Lunatic asylums in Bengal annual reports 1888-1898 - 1888-1898
Year: 1888
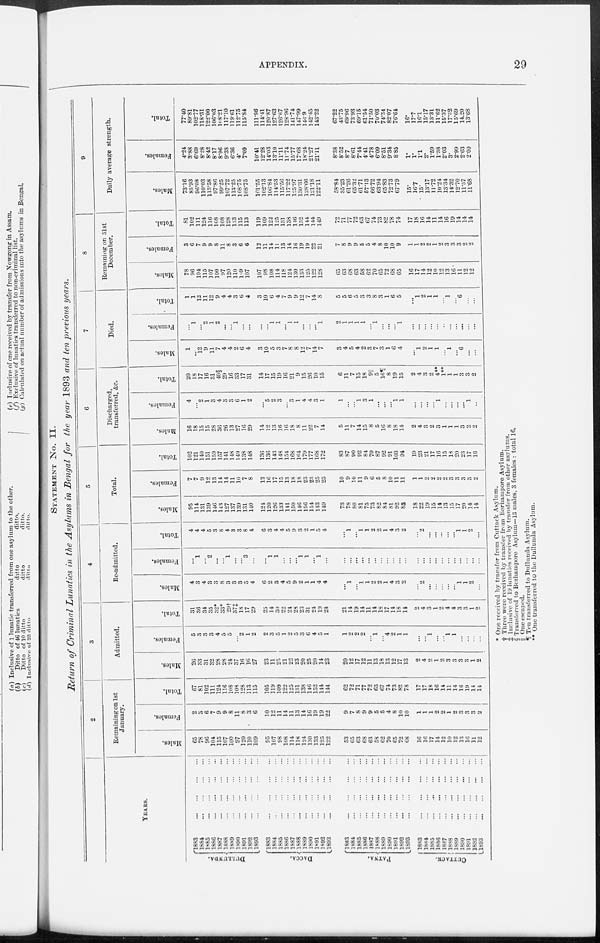
APPENDIX.
29
STATEMENT No. II.
Return of Criminal Lunatics in the Asylums in Bengal for the year 1893 and ten previous years.
YEARS.
DULLUNDA.
DACCA.
PATNA.
CUTTACK.
1883
...
...
...
...
1884
...
...
...
...
1885 ... ... ... ...
1886 ... ... ... ...
1887
...
...
...
...
1888
...
...
...
...
1889
...
...
...
...
1890 ... ... ... ...
1891 ... ... ... ...
1892
...
...
...
...
1893
...
...
...
...
1883
...
...
...
...
1884
...
...
...
...
1885
...
...
...
...
1886 ... ... ... ...
1887
...
...
...
...
1888 ... ... ... ...
1889
...
...
...
...
1890 ... ... ... ...
1891 ... ... ... ...
1892
...
...
...
...
1893
...
...
...
...
1883
...
...
...
...
1884
...
...
...
...
1885
...
...
...
...
1886
...
...
...
...
1887
...
...
...
...
1888
...
...
...
...
1889
...
...
...
...
1890
...
...
...
...
1891
...
...
...
...
1892
...
...
...
...
1893
...
...
...
...
1883
...
...
...
...
1884
...
...
...
...
1885
...
...
...
...
1886
...
...
...
...
1887
...
...
...
...
1888
...
...
...
...
1889
...
...
...
...
1890 ... ... ... ...
1891 ... ... ... ...
1892 ... ... ... ...
l893
...
...
...
...
2
Remaining on 1st
January.
Males.
65
78
96
104
115
107
100
97
120
110
109
95
107
98
108
114
118
124
130
133
125
122
53
65
63
68
63
58
62
70
65
72
68
16
16
17
14
12
10
12
13
16
11
12
Females.
2
3
6
7
9
9
8
11
8
3
6
10
12
11
14
11
13
14
16
19
19
22
9
7
8
9
9
5
5
4
8
10
10
1
1
1
2
2
1
2
3
3
3
1
Total.
67
81
102
111
124
116
108
108
128
113
115
105
119
109
122
125
131
138
146
152
144
144
62
72
71
77
72
63
67
74
73
82
78
17
17
18
16
14
11
14
16
19
14
14
3
Admitted.
Males.
26
33
31
32
28
28
24
37
16
16
27
23
11
25
21
22
23
20
25
20
14
23
20
12
17
12
11
13
18
13
12
17
13
2
4
2
1
2
3
3
3
3
1
2
Females.
5
3
3
3
4
5
5
...
2
1
2
2
3
5
1
2
5
3
6
4
5
1
1
2
2
2
...
l
...
4
2
1
1
...
...
1
...
...
l
1
...
...
...
...
Total.
31
36
34
35
32*
33*
29†
37‡
18
17
29
25
14
30
22
24
28
23
31
24
19
24
21
14
19
14
11
14
18
17
14
18
14
2
4
3
1
2
4
4
3
3
1
2
4
Re-admitted.
Males.
4
3
4
3
3
8
3
3
3
5
4
6
2
3
4
5
9
2
1
1
4
4
...
1
...
1
1
2
2
1
4
3
2
...
2
...
...
...
...
...
1
1
2
...
Females.
...
1
...
2
...
...
1
...
...
3
...
...
1
1
...
...
...
1
1
...
1
...
...
...
...
...
...
...
...
...
...
...
...
...
...
...
...
...
...
...
...
...
...
...
Total.
4
4
4
5
3
8
4
3
3
8
4
6
3
4
4
5
9
3
2
1
5
4
...
1
...
1
1
2
2
1
4
3
2
...
2
...
...
...
...
...
1
1
2
1
5
Total.
Males.
95
114
131
139
146
143
127
137
139
131
140
124
120
126
133
141
150
146
156
154
143
149
73
78
80
81
75
73
82
84
81
92
83
18
22
19
15
14
13
15
17
20
14
14
Females.
7
7
9
12
13
14
14
11
10
7
8
12
16
17
15
13
18
18
23
23
25
23
10
9
10
11
9
6
5
8
10
11
11
1
1
2
2
2
2
3
3
3
3
2
Total.
102
121
140
151
159
157
141
148
149
138
148
136
136
143
148
154
168
164
179
177
168
172
83
87
90
92
84
79
87
92
91
103
94
19
23
21
17
16
15
18
20
23
17
16
6
Discharged,
transferred, &c.
Males.
16
18
15
15
28
36
26
13
27
16
29
14
12
13
16
16
18
8
11
22
7
14
5
11
7
14
15
8
5
16
8
18
14
2
4
3
2
3
1
1
1
3
2
2
Females.
4
...
2
1
3
4
3
3
6
1
2
...
5
2
3
...
3
1
4
4
3
1
1
...
...
1
3
1
...
...
...
1
1
...
...
...
...
1
...
...
...
...
1
...
Total.
20
18
17
16
31
40§
29
16
33
17
31
14
17
15
19
16
21
9
15
26
10
15
6
11
7
15
18
9||
5
16¶ 8
19
15
2
4
3
2
4**
1**
1
1
3
3
2
7
Died.
Males.
1
...
12
9
11
7
4
4
2
6
4
3
10
5
3
7
8
8
12
7
14
7
3
4
5
4
2
3
7
3
1
6
4
...
1
2
1
1
...
1
...
6
...
...
Females.
...
1
...
2
1
2
...
...
1
...
...
...
...
1
1
...
1
1
...
...
...
1
2
1
1
1
1
...
1
...
...
...
1
...
...
...
...
...
...
...
...
...
...
...
Total.
1
1
12
11
12
9
4
4
3
6
4
3
10
6
4
7
9
9
12
7
14
8
5
5
6
5
3
3
8
3
1
6
5
...
1
2
1
1
...
1
...
6
...
...
8
Remaining on 31st
December.
Males.
78
96
104
115
107
100
97
120
110
169
107
107
98
108
114
118
124
130
133
125
122
128
65
63
68
63
58
62
70
65
72
68
65
16
17
14
12
10
12
13
16
11
12
12
Females.
3
6
7
9
9
8
11
8
3
6
6
12
11
14
11
13
14
16
19
19
22
21
7
8
9
9
5
5
4
8
10
10
9
1
1
2
2
1
2
3
3
3
2
2
Total.
81
102
111
124
116
108
108
128
113
115
113
119
109
122
125
131
138
146
152
144
144
149
72
71
77
72
63
67
74
73
82
78
74
17
18
16
14
11
14
16
19
14
14
14
9
Daily average strength.
Males.
73.16
85.93
96.08
110.03
113.58
97.86
99.25
107.72
113.25
108.75
108.75
101.55
102.13
106.84
114.53
115.56
117.22
125.97
130.31
128.66
121.18
122.11
58.84
35.23
61.26
65.32
61.71
57.13
66.72
63.94
65.83
72.73
67.79
15.
16.7
15.
13.17
11.72
10.24
13.34
14.32
12.70
11.57
11.68
Females.
4.24
3.88
6.69
8.28
8.42
8.17
8.96
9.38
6.36
4.
7.09
10.41
12.28
14.03
13.10
11.11
11.74
15.77
17.68
18.24
21.27
21.11
8.38
8.52
8.7
8.61
7.44
4.41
4.78
6.09
8.51
9.34
8.85
1.
1. 1.1
2.
1.59
1.38
2.03
3.
2.99
2.63
2.00
Total.
77.40
89.81
102.77
118.31
122.00
106.03
108.21
117.10
119.61
112.75
115.84
111.96
114.41
120.87
127.63
126.67
128.96
141.74
147.99
146.9
142.45
143.22
67.22
43.75
69.96
73.93
69.15
61.54
71.50
70.03
74.34
82.07
76.64
16.
17.7
16.1
15.17
13.31
11.62
15.37
17.32
15.69
14.20
13.68
* One received by transfer from Cuttack Asylum.
† Three were received by transfer from Berhampore Asylum.
‡ Inclusive of 19 lunatics received by transfer from other asylums.
§ Transferred to Berhampore Asylum—13 males, 3 females : total 16.
|| One escaped.
¶ Ten transferred to Dullunda Asylum.
** One transferred to the Dullunda Asylum.